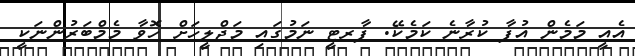
އެއީ މަމެން އުފާ ކުރާނެ ކަމެކޭ. ޕާރޓީ ނަމުގައި މަޖްލީހަށް ހޮވާ މެމްބަރުންނަކީ